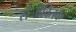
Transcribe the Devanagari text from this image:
संजीवितक